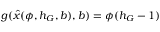
g ( \hat { x } ( \phi , h _ { G } , b ) , b ) = \phi ( h _ { G } - 1 )